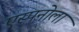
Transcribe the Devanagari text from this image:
एस्पनोला